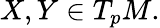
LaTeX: X,Y\in T_{p}M.